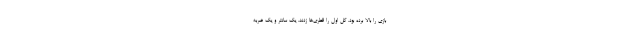
بازی را بالا برده بود. گل اول را قطری‌ها زدند. یک سانتر و یک ضربه